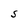
Character: S